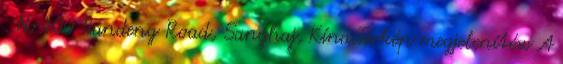
. No.400 Tiandeng Road, Sanghaj, Kína Térkép megjelenítése A